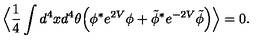
\Big \langle \frac { 1 } { 4 } \int d ^ { 4 } x d ^ { 4 } \theta \Big ( \phi ^ { * } e ^ { 2 V } \phi + \tilde { \phi } ^ { * } e ^ { - 2 V } \tilde { \phi } \Big ) \Big \rangle = 0 .